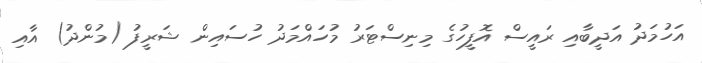
އަހުމަދު އަދީބާއި ރައީސް އޮފީހުގެ މިނިސްޓަރު މުހައްމަދު ހުސައިން ޝަރީފު (މުންދު) އާއި